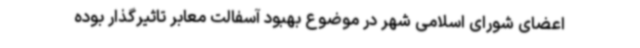
اعضای شورای اسلامی شهر در موضوع بهبود آسفالت معابر تاثیرگذار بوده